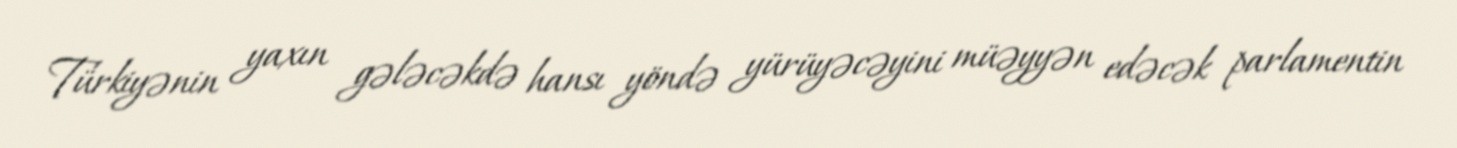
Türkiyənin yaxın gələcəkdə hansı yöndə yürüyəcəyini müəyyən edəcək parlamentin